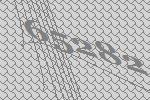
65282